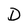
Character: D